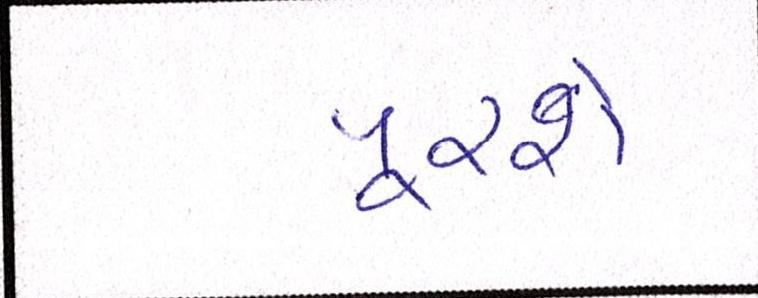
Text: પૂરશે